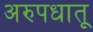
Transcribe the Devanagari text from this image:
अरुपधातू